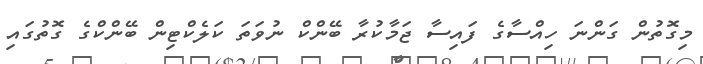
މިގޮތުން ގަންނަ ހިއްސާގެ ފައިސާ ޖަމާކުރާ ބޭންކް ނުވަތަ ކަލެކްޓިން ބޭންކްގެ ގޮތުގައި